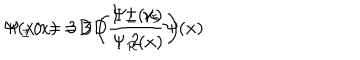
\Psi ( x ) = 3 D \left( \begin{array} { c } { { \Psi _ { L } ( x ) } } \\ { { \Psi _ { R } ( x ) } } \\ \end{array} \right) \hspace { . 5 c m } \Psi _ { \pm } ( x ) = 3 D \frac { 1 \pm \gamma _ { 5 } } { 2 } \Psi ( x )